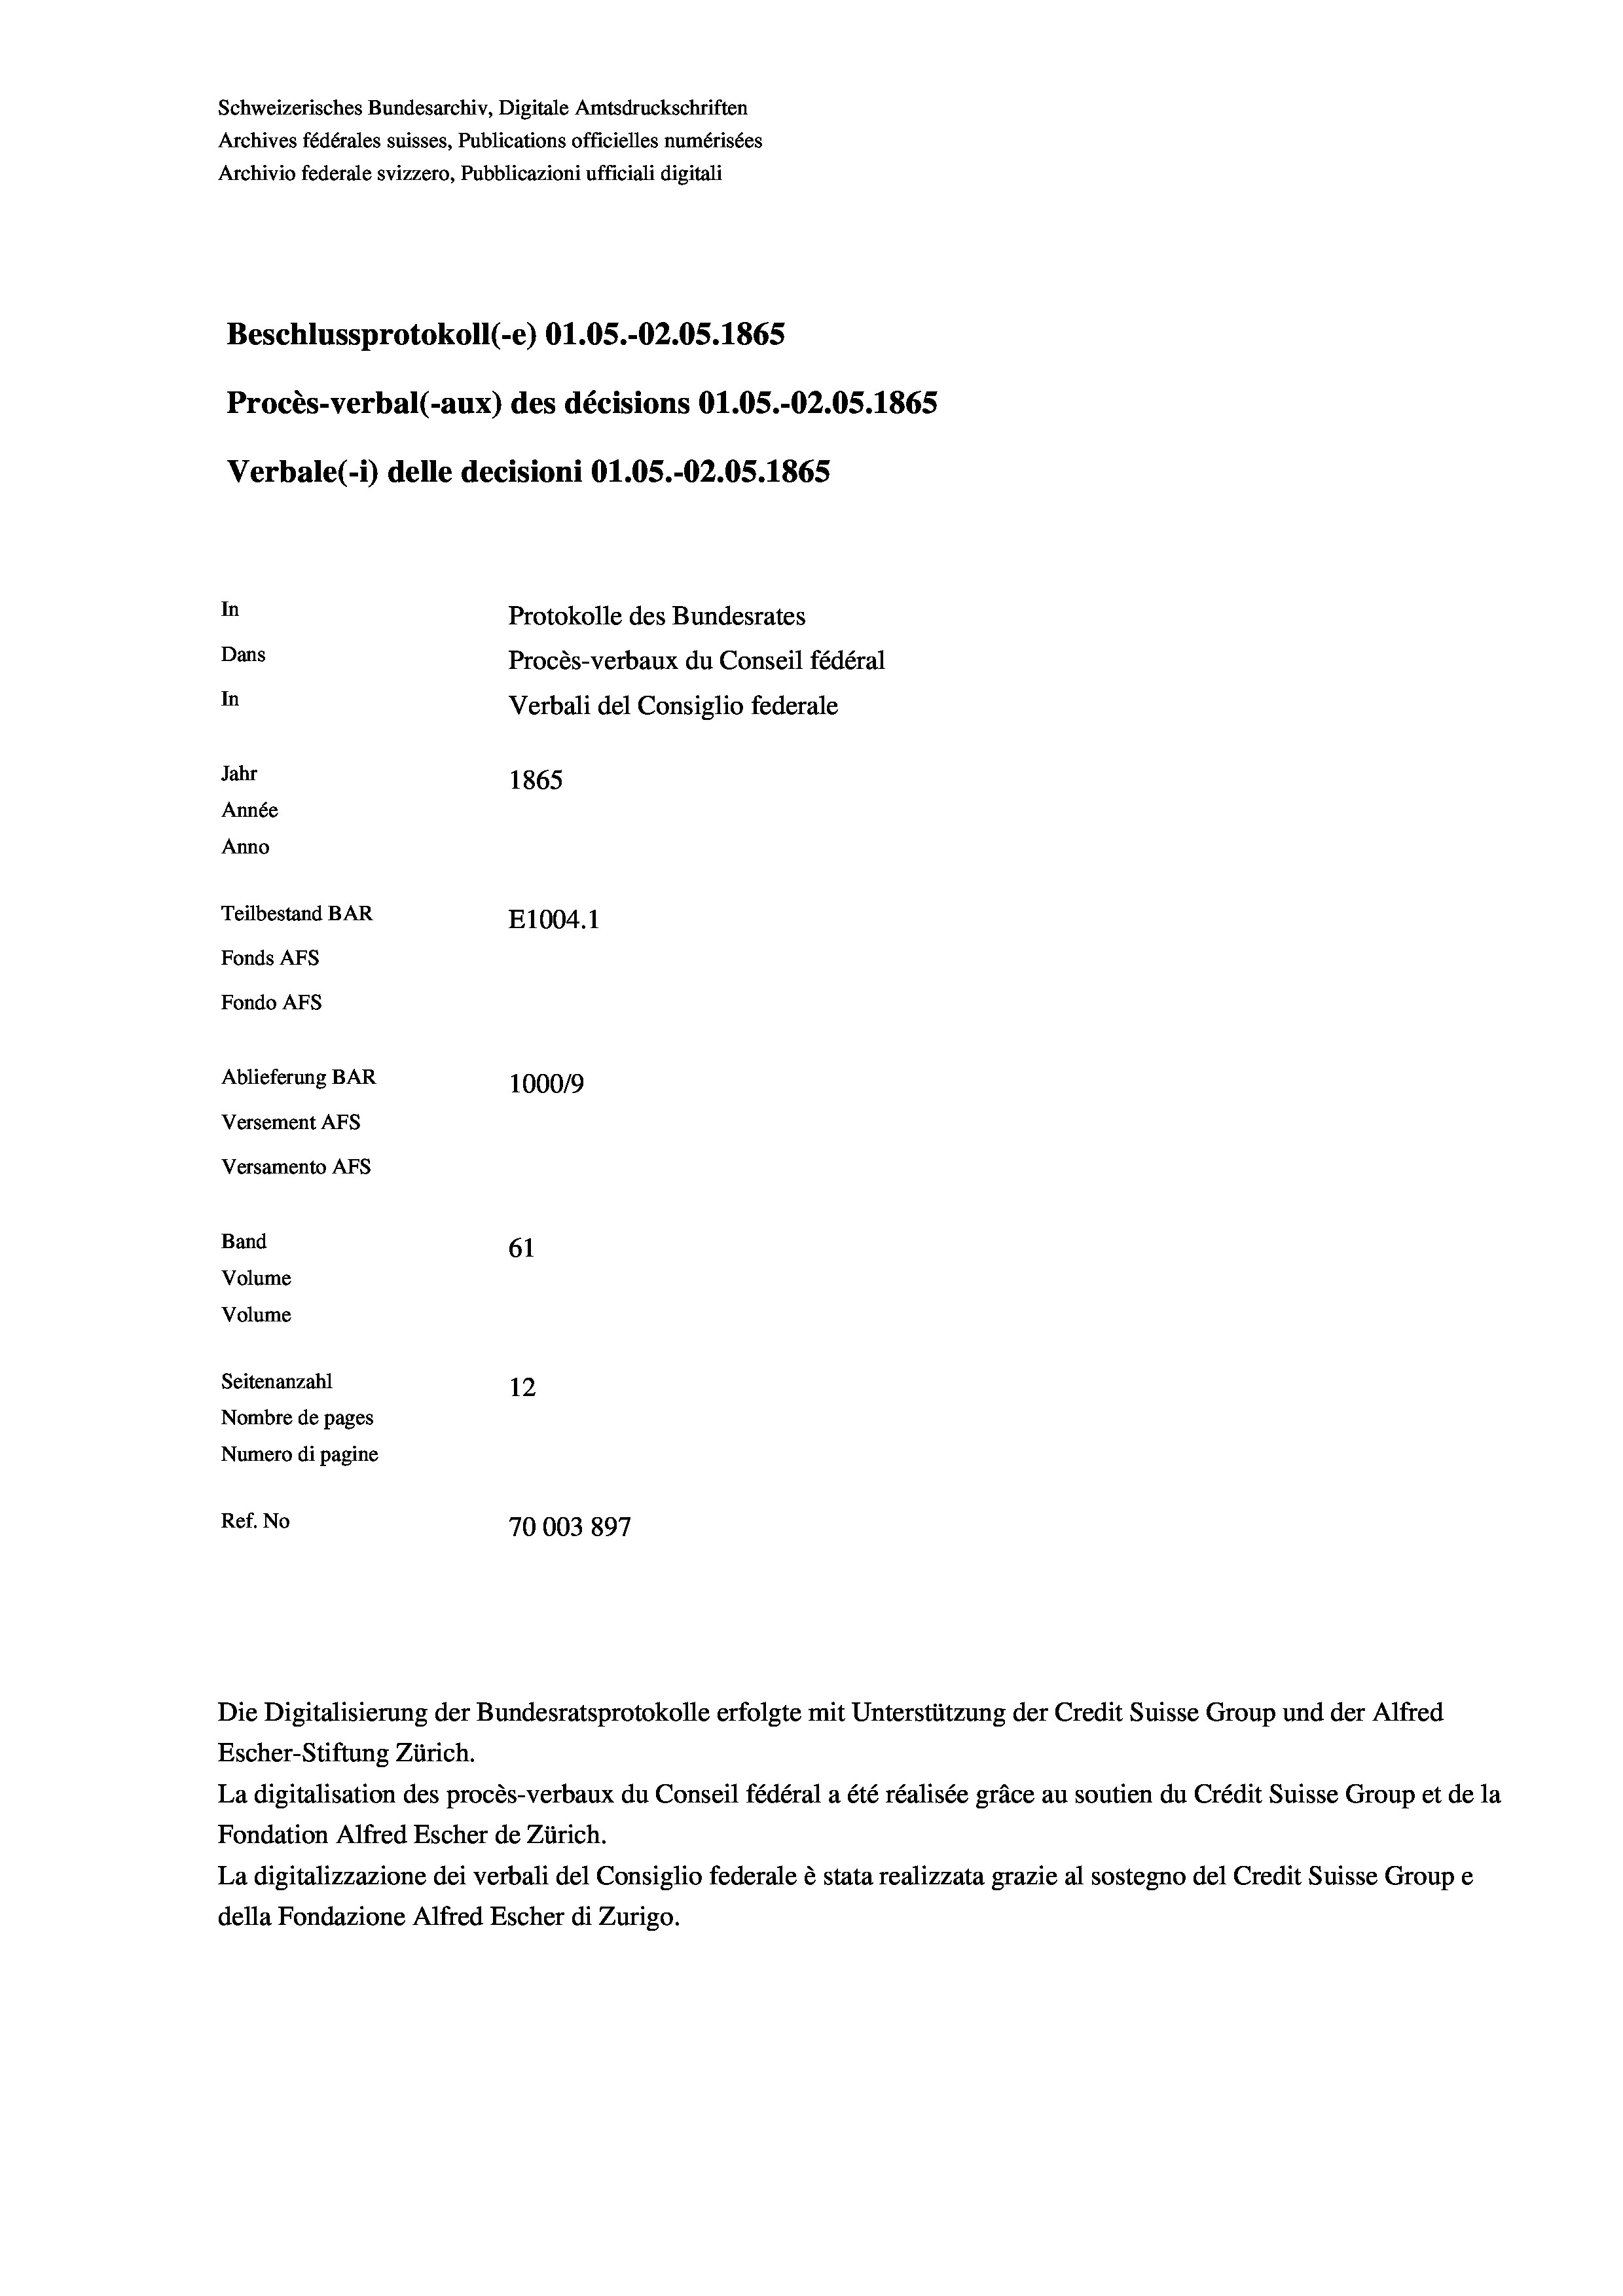
Beschlussprotokoll (-e) O1.05.-O2.05. 1865
Procès-verbal (-aux) des décisions O1.05.-O2.05. 1865
In
Protokolle des Bundesrates
Dans
Procès-verbaux du Conseil fédéral
In
Verbali del Consiglio federale
Jahr
1865
Année
Anno
Teilbestand BAR
E1004.1
Fonds AFs
Fondo Afs

Ablieferung BAR
Versement AFs
Versamento AFs
Band
61
Volume
Volume
Seitenanzahl

Schweizerisches Bundesarchiv, Digitale Amtsdruckschriften
Archives fédérales suisses, Publications officielles numérisées
Archivio federale svizzero, Pubblicazioni ufficiali digitali

Verbale (- 1) delle decisioni Ol.05.-O2.05. 1865

100019
12
Nombre de pages
Numero di pagine
Ref. No
70003897

Escher-Stiftung Zürich.
La digitalisation des procès-verbaux du Conseil fédéral a été réalisée gräce au soutien du Crédit Suisse Group et de la
Fondation Alfred Escher de Zürich.
La digitalizzazione dei verbali del Consiglio federale è stata realizzata grazie al sostegno del Credit Suisse Groupe
della Fondazione Alfred Escher di Zurigo.

Die Digitalisierung der Bundesratsprotokolle erfolgte mit Unterstützung der Credit Suisse Group und der Alfred